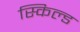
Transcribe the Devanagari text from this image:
स्किल्ड